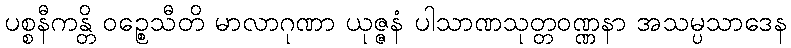
ပစ္စနီကန္တိ ဝဉ္စေသီတိ မာလာဂုဏာ ယုဇ္ဇနံ ပါသာဏသုတ္တဝဏ္ဏနာ အသမ္ပသာဒေန